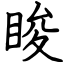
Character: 睃